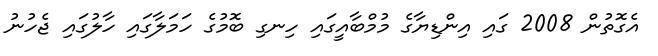
އެގޮތުން 2008 ގައި އިންޑިޔާގެ މުމްބާއީގައި ހިނގި ބޮމުގެ ހަމަލާގައި ހާލުގައި ޖެހުނު